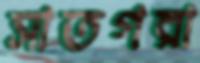
সাতগরা